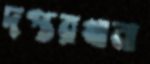
দপ্তরখানা